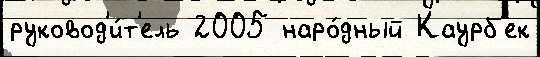
руковод'и́т'ель 2005 наро́дный Каурб'ек